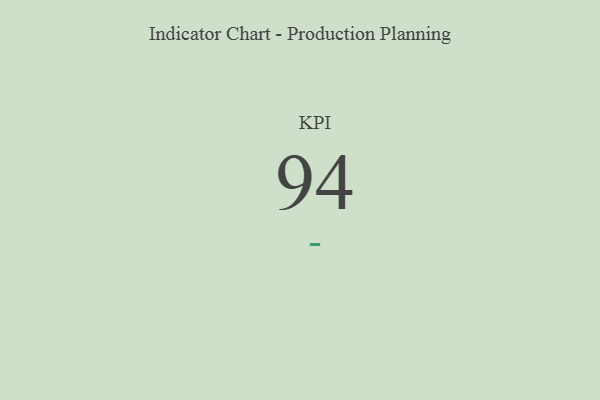
{"axis": {"x": "KPI", "y": "Value"}, "legend": [""], "data": [{"x": "KPI", "y": 94, "type": ""}]}